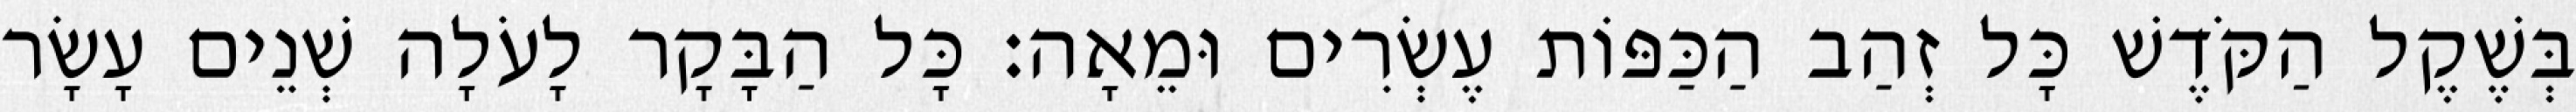
בְּשֶׁקֶל הַקֹּדֶשׁ כָּל זְהַב הַכַּפּוֹת עֶשְׂרִים וּמֵאָה׃ כָּל הַבָּקָר לָעֹלָה שְׁנֵים עָשָׂר